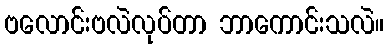
ဗလောင်းဗလဲလုပ်တာ ဘာကောင်းသလဲ။